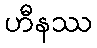
ဟီနဿ